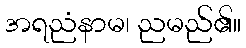
အရညံနာမ၊ ညမည်၏။